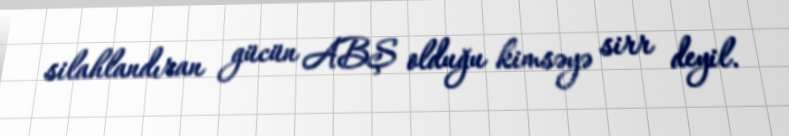
silahlandıran gücün ABŞ olduğu kimsəyə sirr deyil.